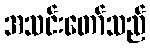
အသင်းတော်သည်